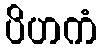
ပိဟကံ